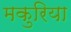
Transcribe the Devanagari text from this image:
मकुरिया